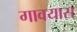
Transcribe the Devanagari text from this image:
गावयास